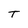
Character: T